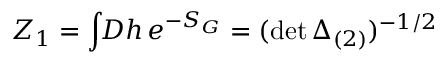
Z _ { 1 } = \int \! \! D h \, e ^ { - S _ { G } } = ( \operatorname * { d e t } \Delta _ { ( 2 ) } ) ^ { - 1 / 2 }